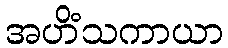
အဟိံသကာယာ